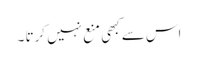
اس سے کبھی منع نہیں کرتا ۔